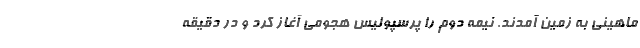
ماهینی به زمین آمدند. نیمه دوم را پرسپولیس هجومی آغاز کرد و در دقیقه